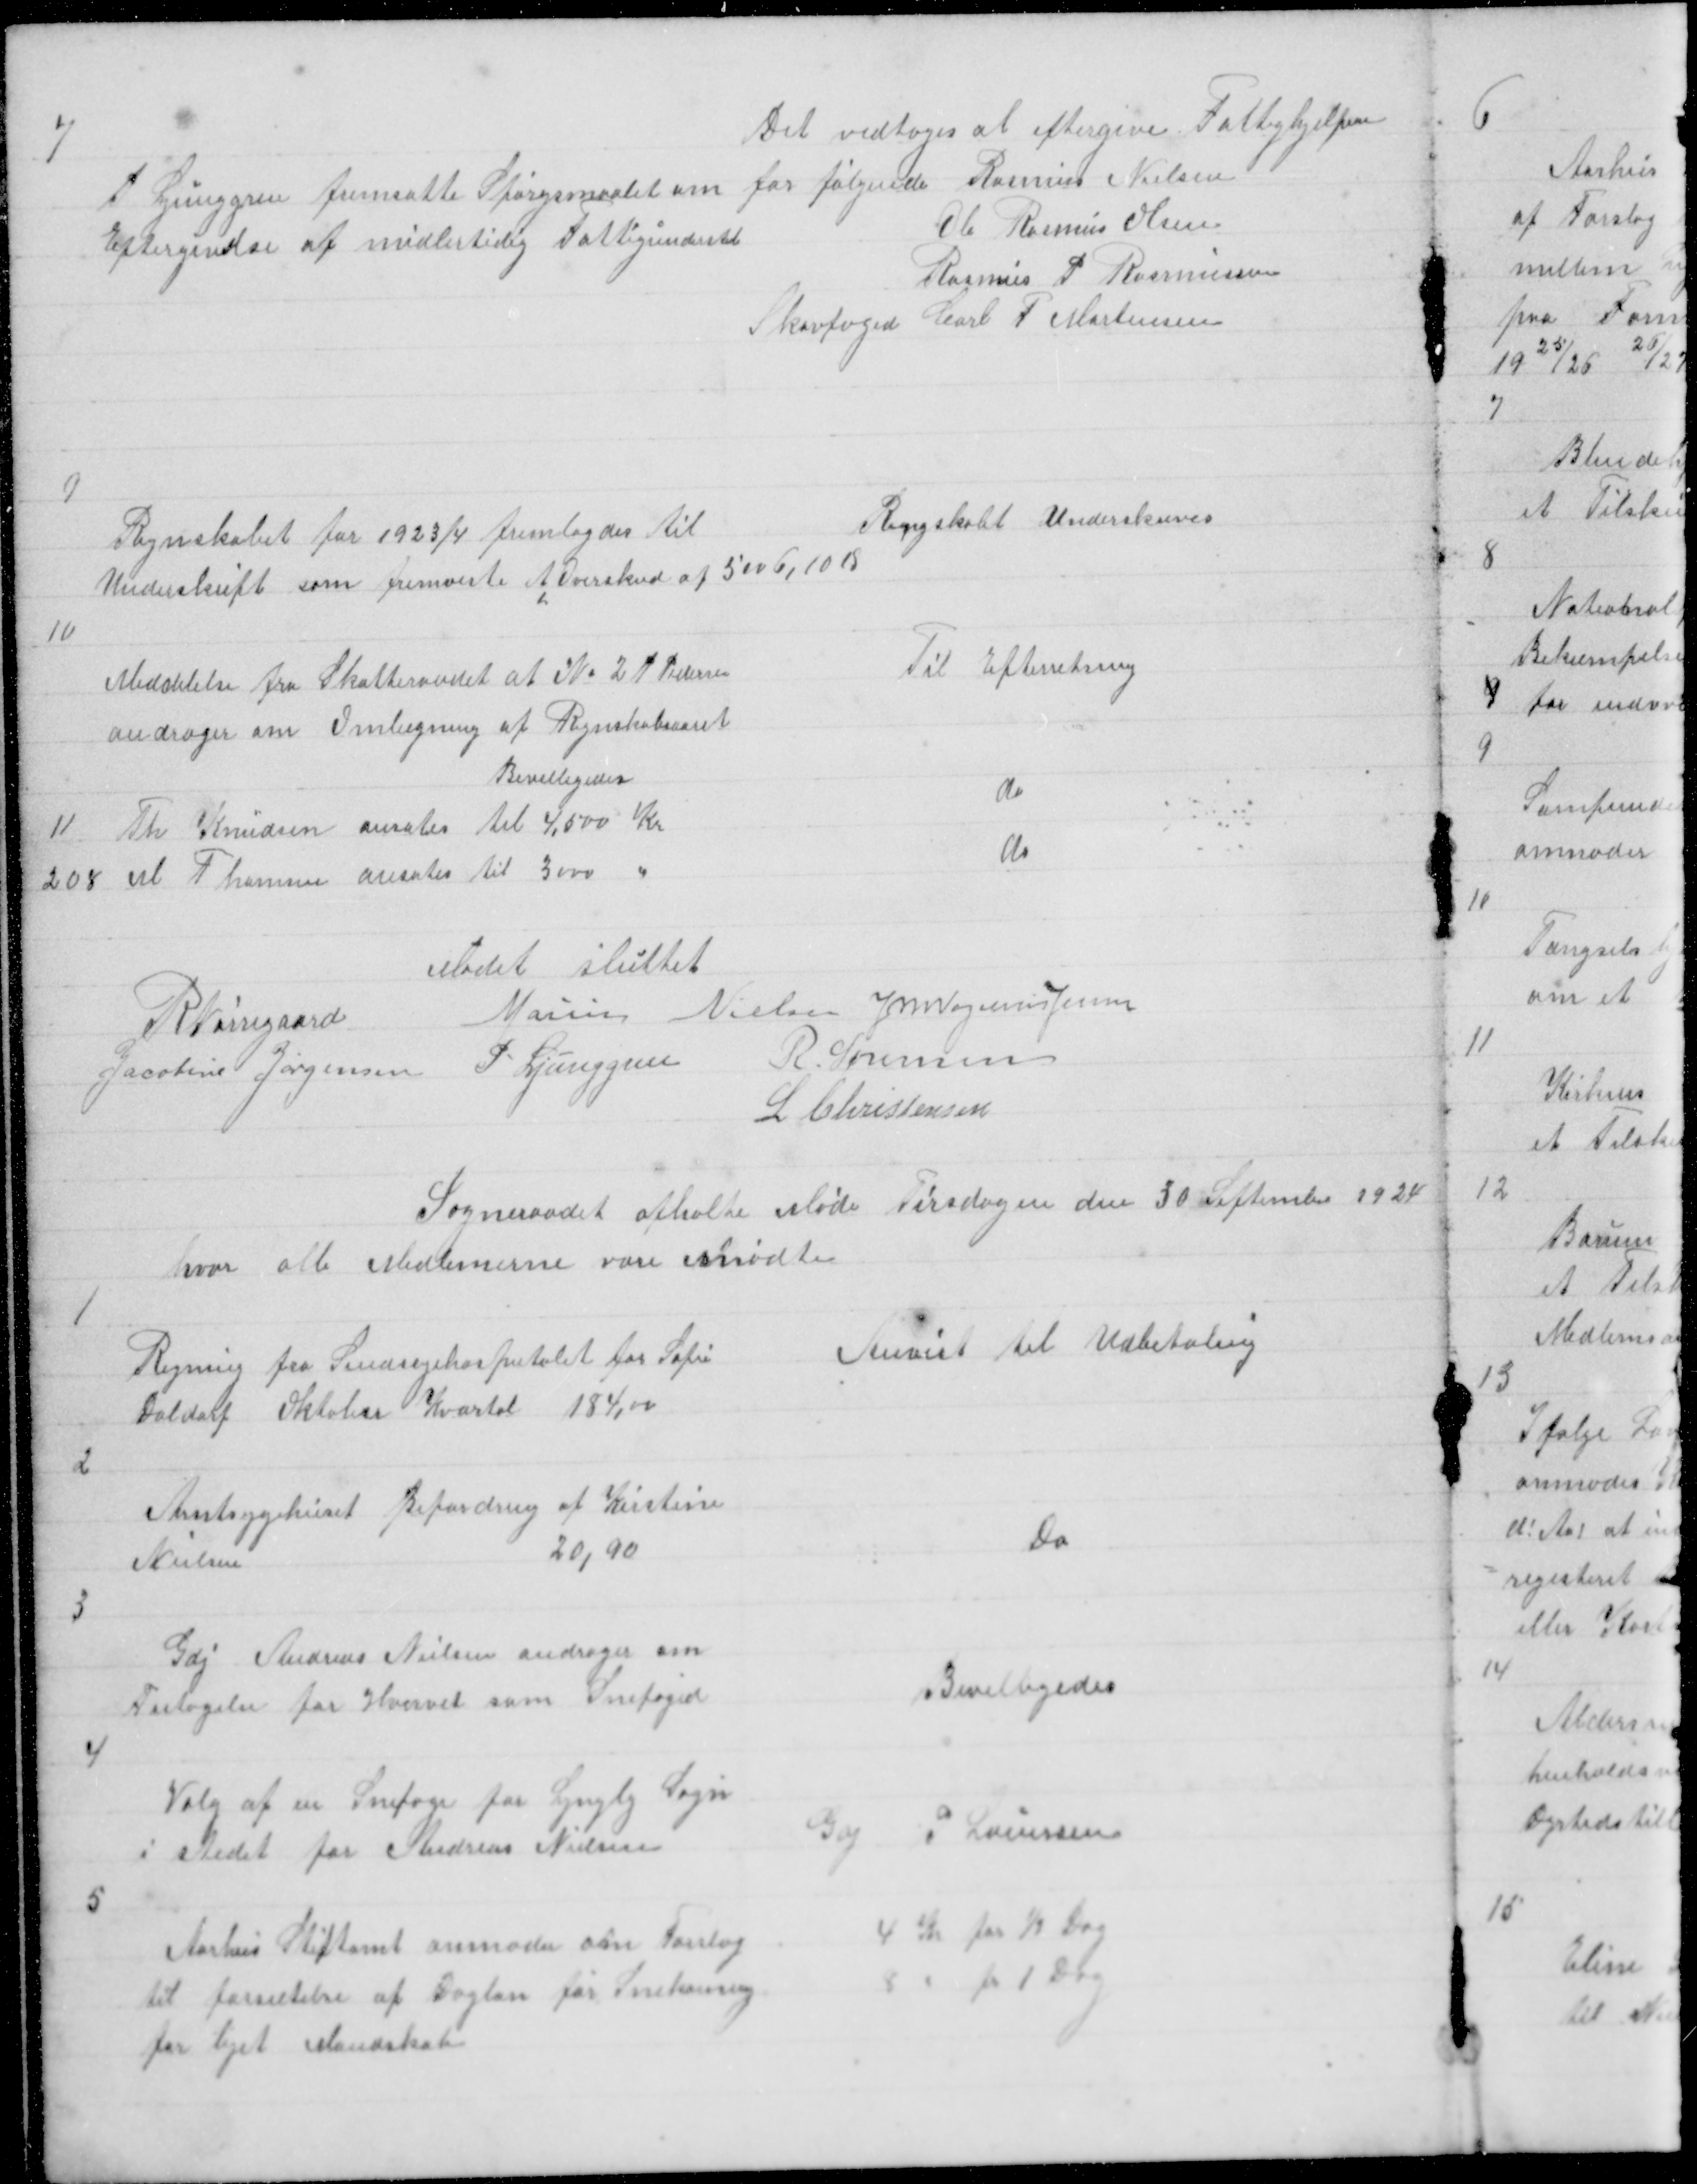
Transskription:
7

P Ljunggren fremsatte Spørgsmaalet om
Eftergivelse af midlertidig Fattigunderstøt

Det vedtoges at eftergive Fattighjelpen
for følgende Rasmus Nielsen
Ole Rasmus Olsen
Rasmus P Rasmussen
Skovfoged Carl F Mortensen

9

Regnskabet for 1923/4 fremlagdes til
Underskrift som fremviste et Overskud af 5006,10 Ø

Regnskabt Underskreves

10
Meddelelse fra Skatteraadet at № 2 P Pedersen
andrager om Omlægning af Regnskabsaaret
Bevilligedes

Til Efterretning

11 Th Knudsen ansates til 4,500 Kr
208 M Thomsen ansates til 3000 "

do
do

Mødet sluttet
R Nørregaard
Marius Nielsen J M Vogelius Jensen
Jacobine Jørgensen P Ljunggren R Sørensen
L Christensen

Sogneraadet afholte Møde Tirsdagen den 30 September 1924
hvor alle Medlemerne vare mødte

1

Regning fra Sindsyehospitalet for Sofie
Daldorf Oktober Kvartal 184,00

Anvist til Udbetaling

2

Amtsygehuset Befordring af Kirstine
Nielsen
20,90

Do

3

Gdj Andreas Nielsen andrager om
Fritagelse for Hvervet som Snefoged

Bevilligedes

4

Valg af en Snefoge for Lyngby Sogn
i stedet for Andreas Nielsen

Gdj P Lauersen

5

Aarhus Stiftamt anmoder om Forslag
til forsætelse af dagløn for Snekasnig
for lejet Mandskab

4 Kr for ½ Dag
8 " fr 1 Dag